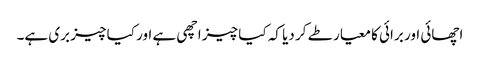
اچھائی اور برائی کا معیار طے کر دیا کہ کیا چیز اچھی ہے اور کیا چیز بری ہے۔